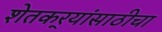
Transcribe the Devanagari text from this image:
शेतकर्‍यांसाठीचा